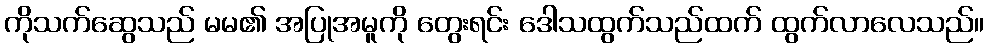
ကိုသက်ဆွေသည် မမ၏ အပြုအမူကို တွေးရင်း ဒေါသထွက်သည်ထက် ထွက်လာလေသည်။